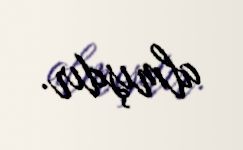
almışdır.